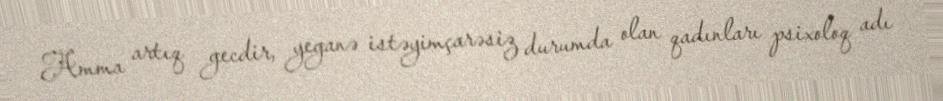
Amma artıq gecdir, yeganə istəyimçarəsiz durumda olan qadınları psixoloq adı